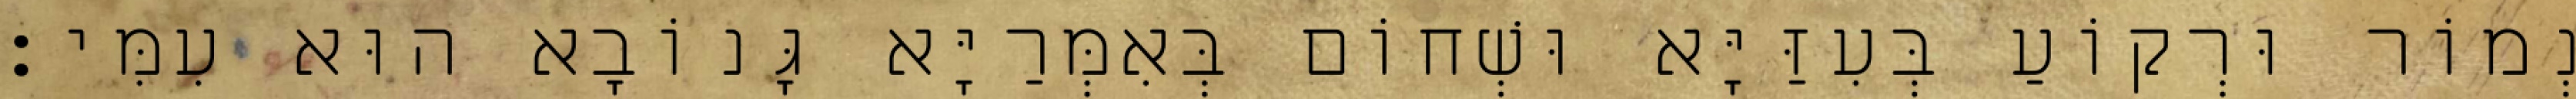
נְמוֹר וּרְקוֹעַ בְּעִזַּיָּא וּשְׁחוֹם בְּאִמְּרַיָּא גָּנוֹבָא הוּא עִמִּי׃